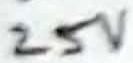
Text: 25V